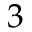
3